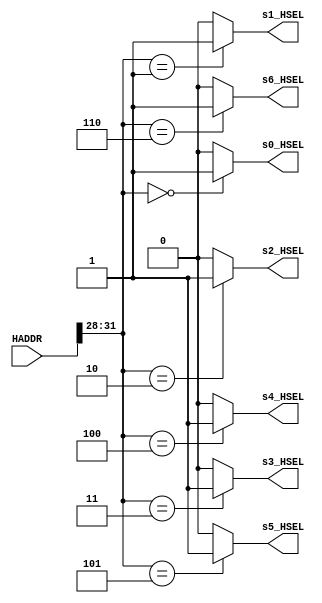
module decoder(
    input [31:0] HADDR,

    output reg s0_HSEL,
    output reg s1_HSEL,
    output reg s2_HSEL,
    output reg s3_HSEL,
    output reg s4_HSEL,
    output reg s5_HSEL,
    output reg s6_HSEL
);

always @* begin
    s0_HSEL = 1'b0;
    s1_HSEL = 1'b0;
    s2_HSEL = 1'b0;
    s3_HSEL = 1'b0;
    s4_HSEL = 1'b0;
    s5_HSEL = 1'b0;
    s6_HSEL = 1'b0;
    case(HADDR[31:28])
        4'h0: s0_HSEL = 1'b1;
        4'h1: s1_HSEL = 1'b1;
        4'h2: s2_HSEL = 1'b1;
        4'h3: s3_HSEL = 1'b1;
        4'h4: s4_HSEL = 1'b1;
        4'h5: s5_HSEL = 1'b1;
        4'h6: s6_HSEL = 1'b1;
    endcase
end

endmodule